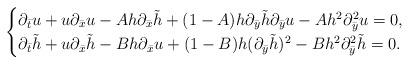
LaTeX: \begin{align*}\begin{cases}\partial_{\bar{t}}u+u\partial_{\bar{x}}u-Ah\partial_{\bar{x}}\tilde{h}+(1-A)h\partial_{\bar{y}}\tilde{h}\partial_{\bar{y}}u-Ah^2\partial_{\bar{y}}^2u=0,\\\partial_{\bar{t}}\tilde{h}+u\partial_{\bar{x}}\tilde{h}-Bh\partial_{\bar{x}}u+(1-B)h(\partial_{\bar{y}}\tilde{h})^2-Bh^2\partial_{\bar{y}}^2\tilde{h}=0.\end{cases}\end{align*}